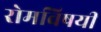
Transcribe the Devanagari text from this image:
रोमविषयी